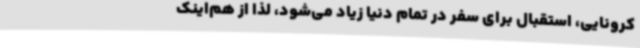
کرونایی، استقبال برای سفر در تمام دنیا زیاد می‌شود، لذا از هم‌اینک